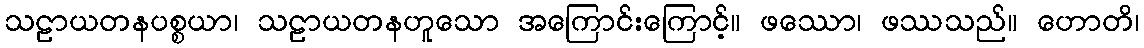
သဠာယတနပစ္စယာ၊ သဠာယတနဟူသော အကြောင်းကြောင့်။ ဖဿော၊ ဖဿသည်။ ဟောတိ၊